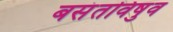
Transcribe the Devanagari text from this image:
बसंतविषुव